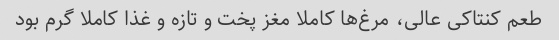
طعم کنتاکی عالی، مرغ‌ها کاملا مغز پخت و تازه و غذا کاملا گرم بود